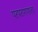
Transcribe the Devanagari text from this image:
परपरागणाला